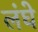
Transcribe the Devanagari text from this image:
लंघे